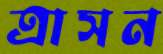
ত্রাসন